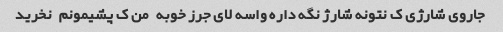
جاروی شارژی ک نتونه شارژ نگه داره واسه لای جرز خوبه   من ک پشیمونم   نخرید